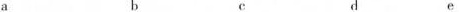
a b d e